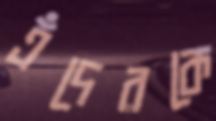
এঁদেরকে